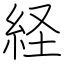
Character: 経